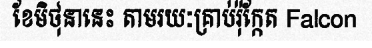
ខែមិថុនានេះ តាមរយៈគ្រាប់រ៉ុក្កែត Falcon